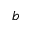
b